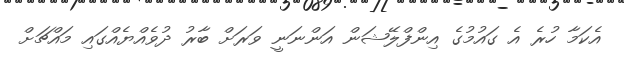
އެކަމާ ހުރެ އެ ގައުމުގެ އިންފްލޭޝަން އަންނަނީ ވަރަށް ބާރު ދުވެއްޔެއްގައި މައްޗަށް